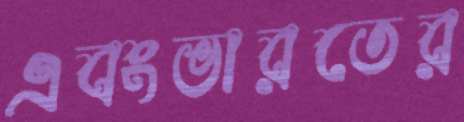
এবংভারতের